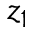
z _ { 1 }